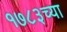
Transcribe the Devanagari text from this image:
१७८३च्या